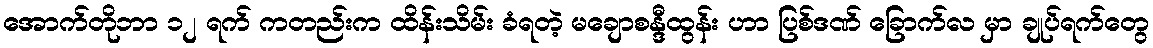
အောက်တိုဘာ ၁၂ ရက် ကတည်းက ထိန်းသိမ်း ခံရတဲ့ မချောစန္ဒီထွန်း ဟာ ပြစ်ဒဏ် ခြောက်လ မှာ ချုပ်ရက်တွေ